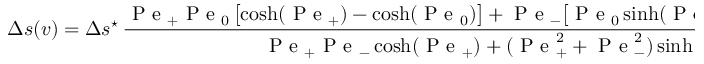
\Delta s ( v ) = \Delta s ^ { \star } \, \frac { \mathrm { ~ P ~ e ~ } _ { + } \mathrm { ~ P ~ e ~ } _ { 0 } \, \bigl [ \cosh ( \mathrm { ~ P ~ e ~ } _ { + } ) - \cosh ( \mathrm { ~ P ~ e ~ } _ { 0 } ) \bigr ] + \mathrm { ~ P ~ e ~ } _ { - } \bigl [ \mathrm { ~ P ~ e ~ } _ { 0 } \sinh ( \mathrm { ~ P ~ e ~ } _ { + } ) - \mathrm { ~ P ~ e ~ } _ { + } \sinh ( \mathrm { ~ P ~ e ~ } _ { 0 } ) \bigr ] } { \mathrm { ~ P ~ e ~ } _ { + } \mathrm { ~ P ~ e ~ } _ { - } \cosh ( \mathrm { ~ P ~ e ~ } _ { + } ) + ( \mathrm { ~ P ~ e ~ } _ { + } ^ { 2 } + \mathrm { ~ P ~ e ~ } _ { - } ^ { 2 } ) \sinh ( \mathrm { ~ P ~ e ~ } _ { + } ) / 2 } \, .